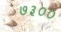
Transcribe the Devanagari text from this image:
७३००